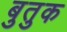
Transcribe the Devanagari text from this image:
बुतुक